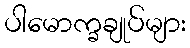
ပါမောက္ခချုပ်များ